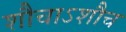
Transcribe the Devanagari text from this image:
शौचाऽशौच